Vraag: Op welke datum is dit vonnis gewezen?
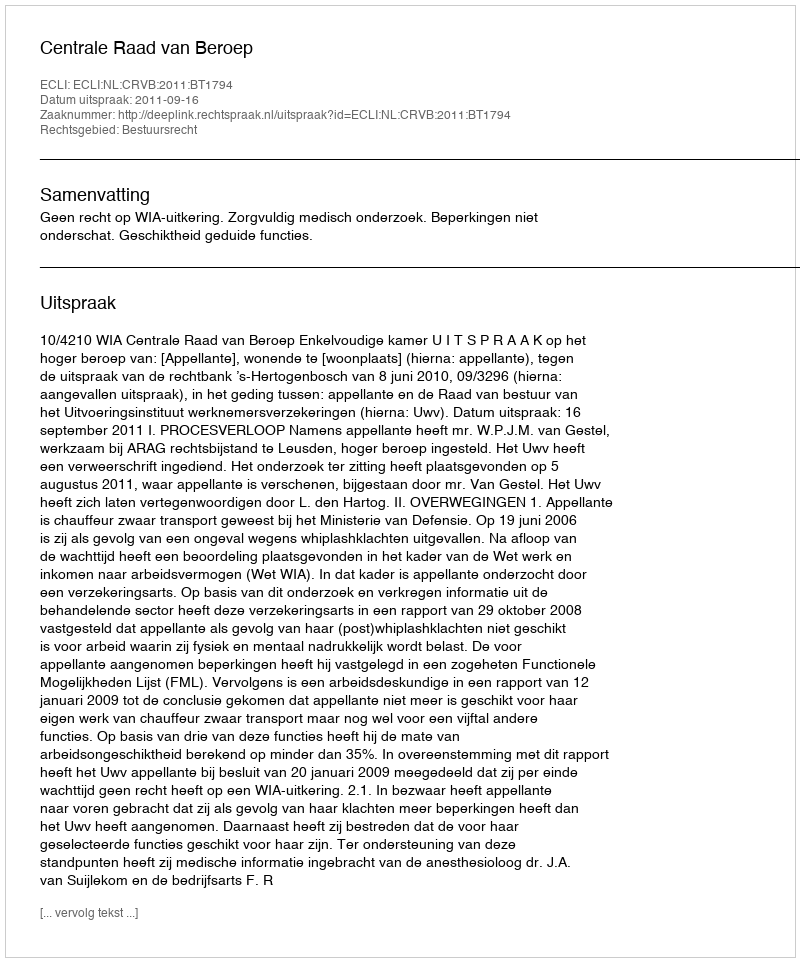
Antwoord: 2011-09-16